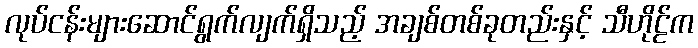
လုပ်ငန်းများဆောင်ရွက်လျက်ရှိသည့် အချစ်တစ်ခုတည်းနှင့် သီဟိုဠ်က